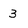
Character: 3